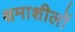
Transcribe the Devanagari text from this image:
क्षमाशीलों